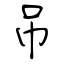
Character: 吊